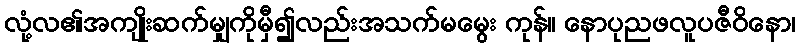
လုံ့လ၏အကျိုးဆက်မျှကိုမှီ၍လည်းအသက်မမွေး ကုန်။ နောပုညဖလူပဇီဝိနော၊